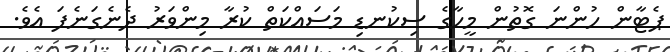
ޕެޓާން ހުންނަ ގޮތުން މީހާގެ ސިކުނޑި މަސައްކަތް ކުރާ މިންވަރު ދެނެގަނެފަ އެވެ.